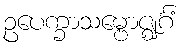
ဥပေက္ခာသမ္ဗောဇ္ဈင်္ဂံ